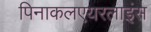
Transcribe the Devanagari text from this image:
पिनाकलएयरलाइंस